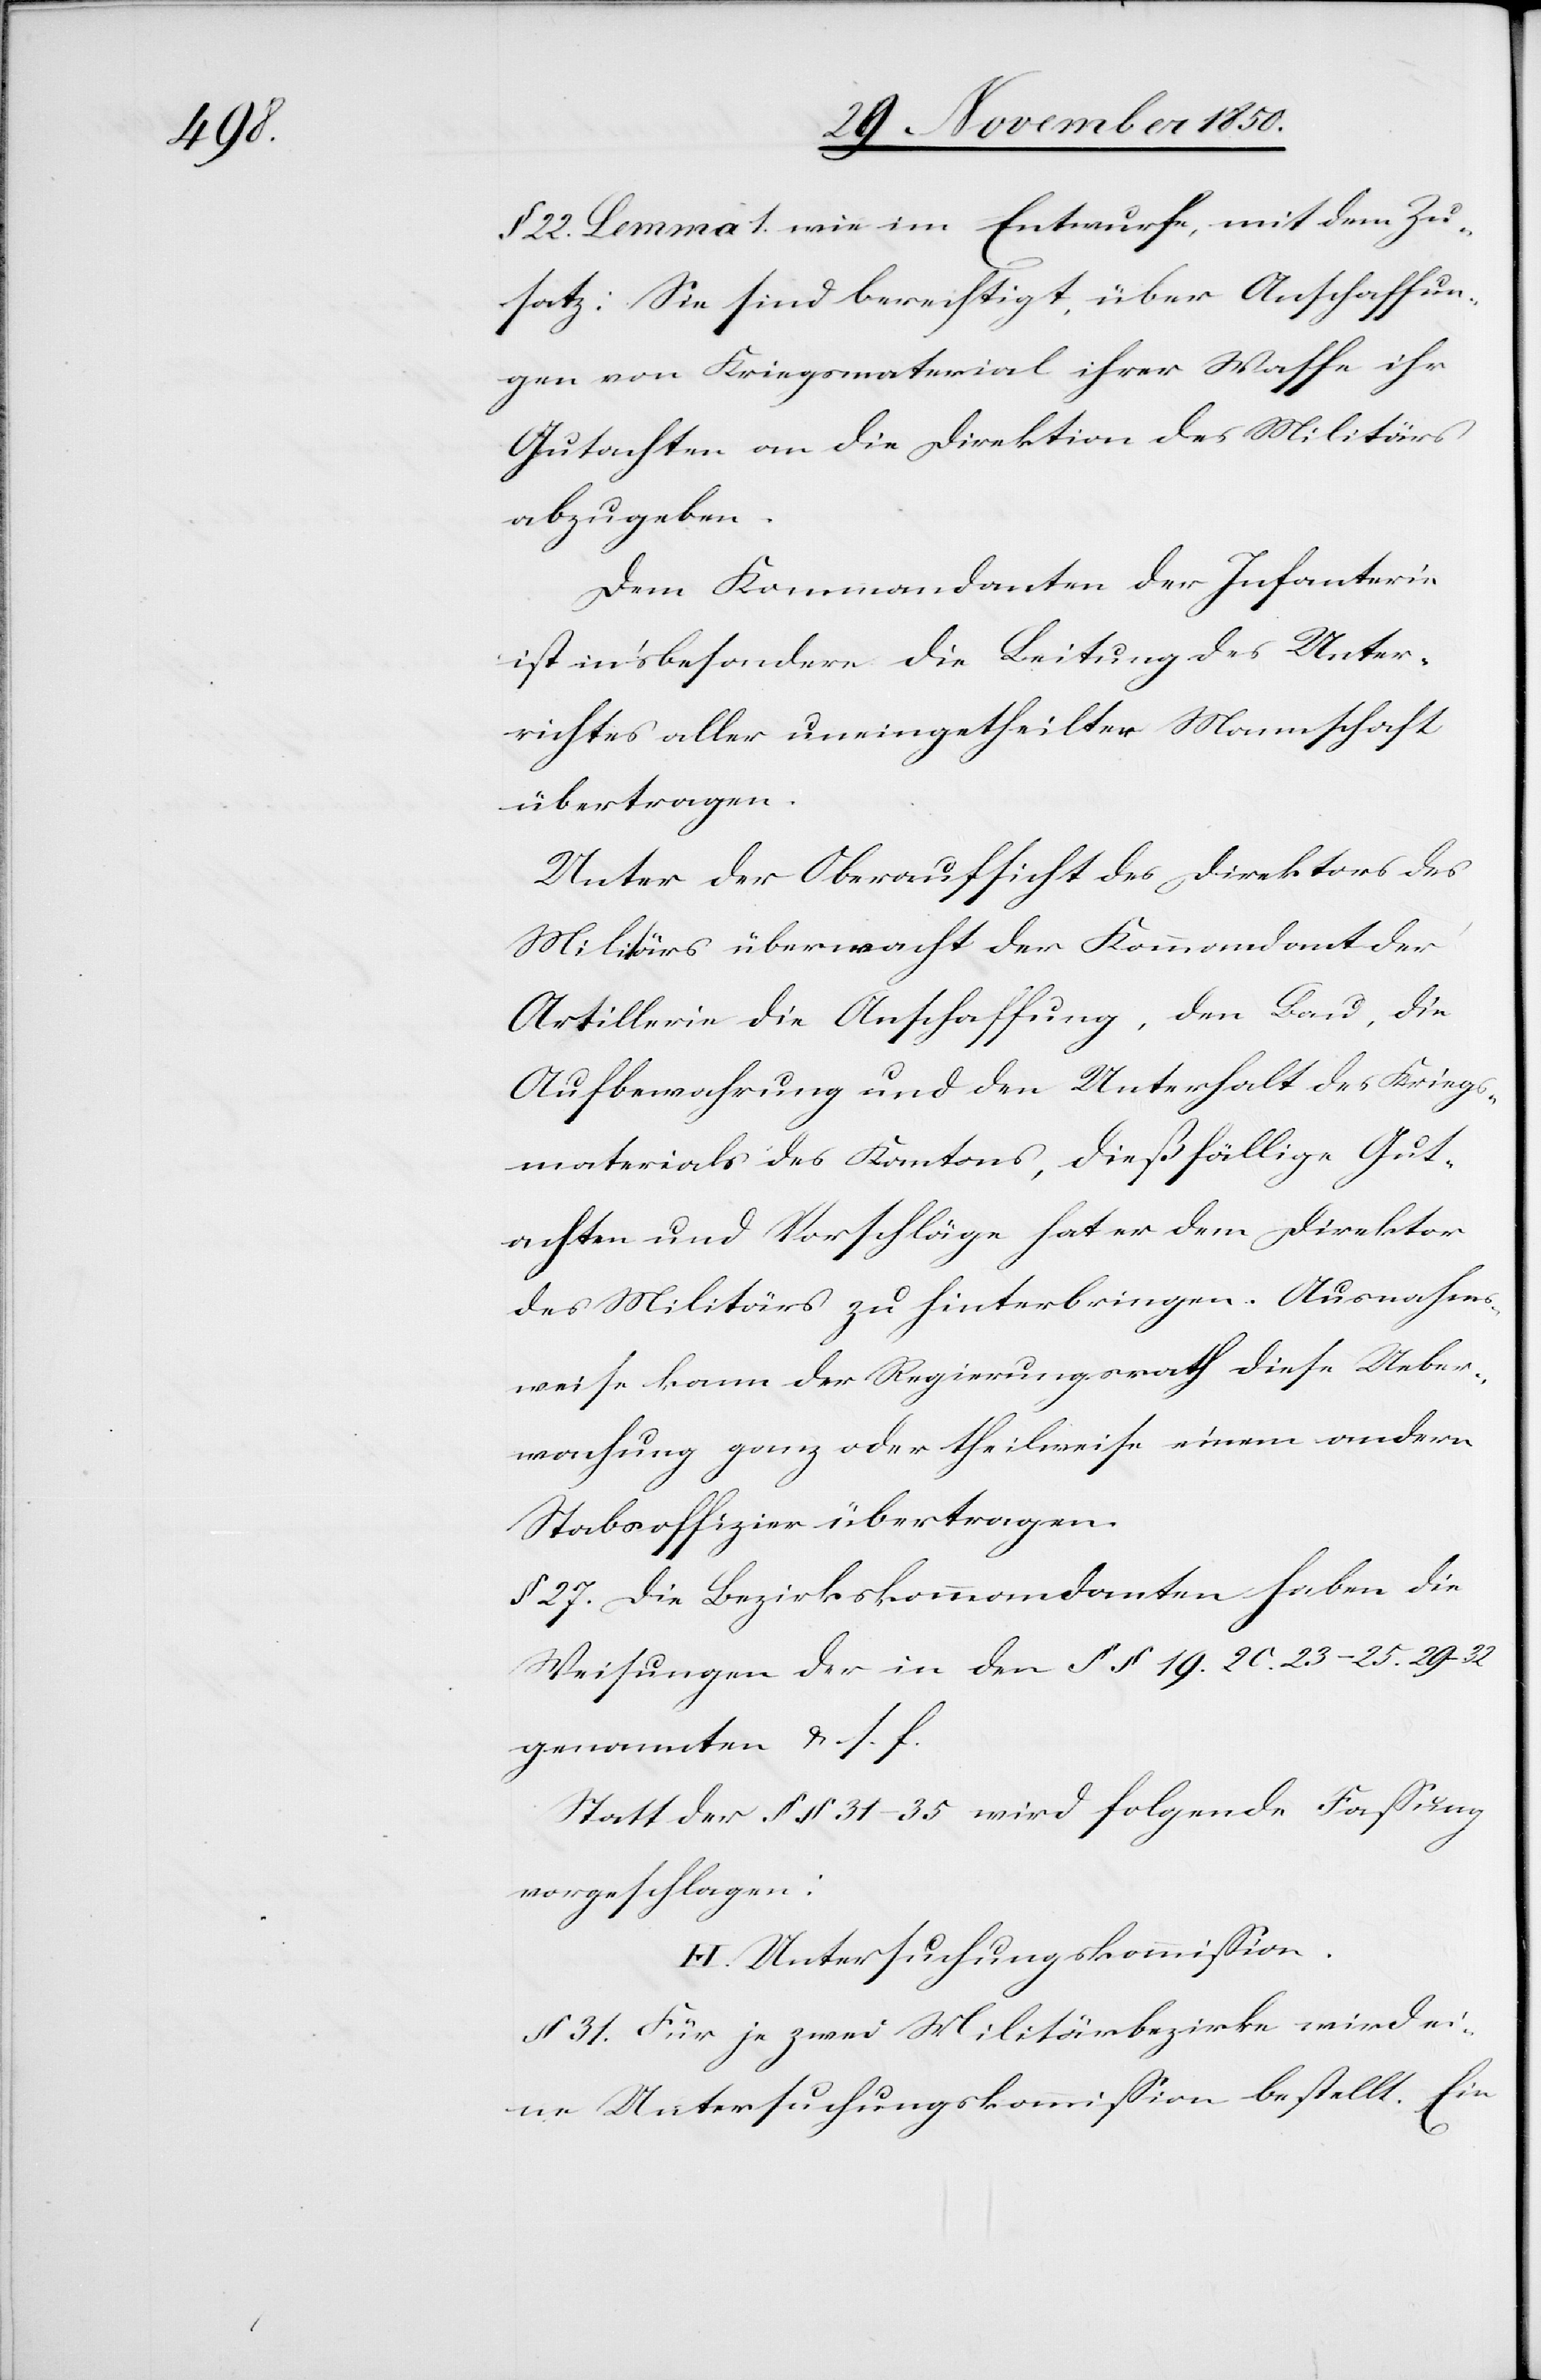
22. Lemma 1. wie im Entwurfe, mit dem Zu¬
satz: Sie sind berechtigt, über Anschaffun¬
gen von Kriegsmaterial ihrer Waffe ihr
Gutachten an die Direktion des Militärs
abzugeben.
Dem Kommandanten der Infanterie
ist in’s besondere die Leitung des Unter¬
richtes aller uneingetheilter Mannschaft
übertragen.
Unter der Oberaufsicht des Direktors des
Militärs überwacht der Kommandant der
Artillerie die Anschaffung, den Bau, die
Aufbewahrung und den Unterhalt des Kriegs¬
materials des Kantons, dießfällige Gut¬
achten und Vorschläge hat er dem Direktor
des Militärs zu hinterbringen. Ausnahms¬
weise kann der Regierungsrath diese Ueber¬
wachung ganz oder theilweise einem andern
Stabsoffizier übertragen.
§ 27. Die Bezirkskommandanten haben die
Weisungen der in den § § 19. 20. 23–25. 29–32
genannten u. s. f.
Statt der § § 31–35 wird folgende Fassung
vorgeschlagen:
H. Untersuchungskommission.
§ 31. Für je zwei Militärbezirke wird ei¬
ne Untersuchungskommission bestellt. Ein